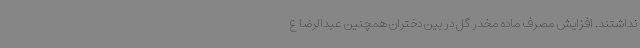
نداشتند. افزایش مصرف ماده مخدر گل در بین دختران همچنین عبدالرضا ع